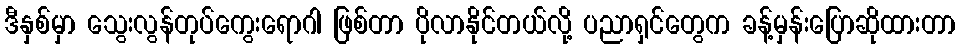
ဒီနှစ်မှာ သွေးလွန်တုပ်ကွေးရောဂါ ဖြစ်တာ ပိုလာနိုင်တယ်လို့ ပညာရှင်တွေက ခန့်မှန်းပြောဆိုထားတာ